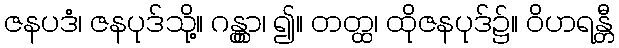
ဇနပဒံ၊ ဇနပုဒ်သို့။ ဂန္တွာ၊ ၍။ တတ္ထ၊ ထိုဇနပုဒ်၌။ ဝိဟရန္တီ